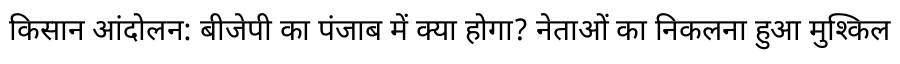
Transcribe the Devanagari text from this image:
किसान आंदोलन: बीजेपी का पंजाब में क्या होगा? नेताओं का निकलना हुआ मुश्किल